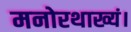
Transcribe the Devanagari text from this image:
मनोरथाख्यं।